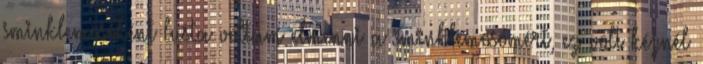
sminklemosóként lusta voltam elmenni a sminklemosómért, ez volt kéznél